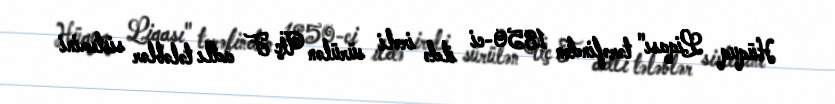
Hüquq Liqası" tərəfindən 1850-ci ildə irəli sürülən Üç F adlı tələblər sistemini